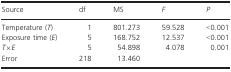
<table><thead><tr><td><b>Source</b></td><td><b>df</b></td><td><b>MS</b></td><td><b><i>F</i></b></td><td><b><i>P</i></b></td></tr></thead><tbody><tr><td>Temperature (<i>T</i>)</td><td>1</td><td>801.273</td><td>59.528</td><td>&lt;0.001</td></tr><tr><td>Exposure time (<i>E</i>)</td><td>5</td><td>168.752</td><td>12.537</td><td>&lt;0.001</td></tr><tr><td><i>T</i>×<i>E</i></td><td>5</td><td>54.898</td><td>4.078</td><td>0.001</td></tr><tr><td>Error</td><td>218</td><td>13.460</td><td>[EMPTY_CELL]</td><td>[EMPTY_CELL]</td></tr></tbody></table>